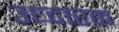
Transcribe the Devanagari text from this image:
उध्दारक